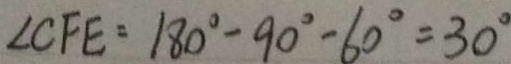
\angle C F E = 1 8 0 ^ { \circ } - 9 0 ^ { \circ } - 6 0 ^ { \circ } = 3 0 ^ { \circ }